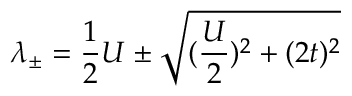
\lambda _ { \pm } = \frac { 1 } { 2 } U \pm \sqrt { ( \frac { U } { 2 } ) ^ { 2 } + ( 2 t ) ^ { 2 } }